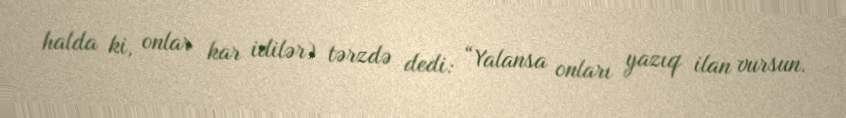
halda ki, onlar kar idilər) tərzdə dedi: “Yalansa onları yazıq ilan vursun.